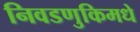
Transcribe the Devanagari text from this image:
निवडणुकिमधे